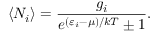
\langle N _ { i } \rangle = { \frac { g _ { i } } { e ^ { ( \varepsilon _ { i } - \mu ) / k T } \pm 1 } } .